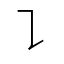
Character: ㇊